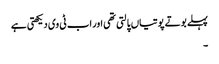
پہلے بوتے پوتیاں پالتی تھی اور اب ٹی وی دیکھتی ہے
۔